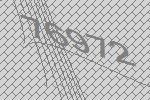
76972